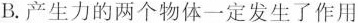
B.产生力的两个物体一定发生了作用